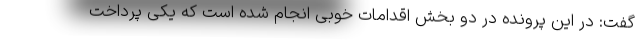
گفت: در این پرونده در دو بخش اقدامات خوبی انجام شده است که یکی پرداخت